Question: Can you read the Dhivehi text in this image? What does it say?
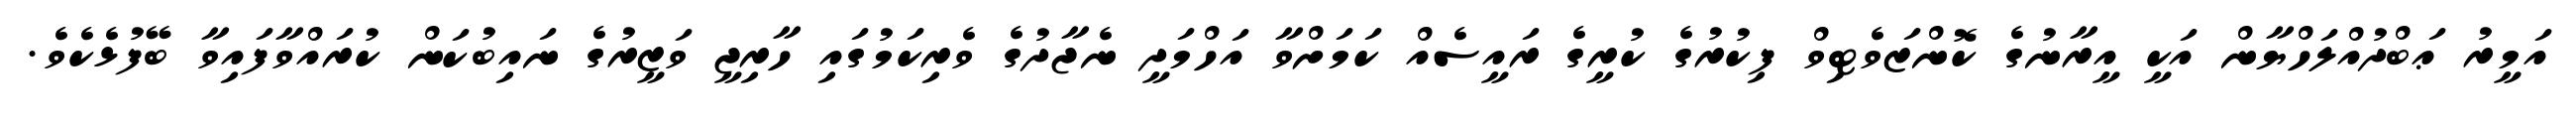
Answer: އަމީރު ޢަބްދުއްލަހްޔާން އަކީ އީރާނުގެ ކޮންޒަވެޓިވް ފިކުރުގެ ކުރީގެ ރައީސެއް ކަމަށްވާ އަހްމަދީ ނެޖާދުގެ ވެރިކަމުގައި ހާރިޖީ ވަޒީރުގެ ނައިބުކަން ކުރައްވާފައިވާ ބޭފުޅެކެވެ.